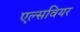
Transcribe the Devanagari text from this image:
एल्सवियर